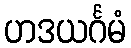
ဟဒယင်္ဂမံ